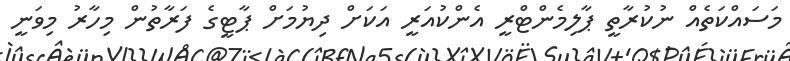
މަސައްކަތެއް ނުކުރާތީ ޕާލިމެންޓްރީ އެންކުއަރީ އަކަށް ދިޔުމަށް ޕާޓީގެ ފަރާތުން މިހާރު މިވަނީ